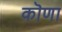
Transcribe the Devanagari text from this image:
कॊणा